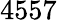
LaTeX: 4557